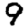
Digit: 9